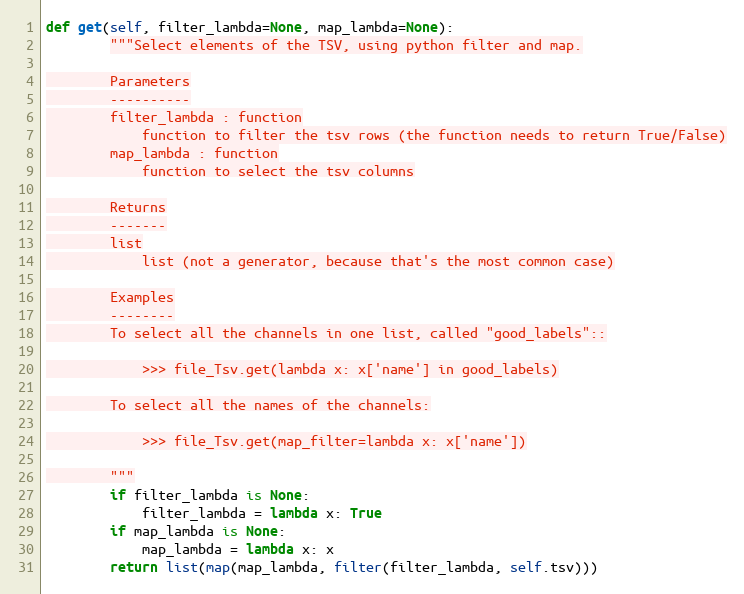
Language: Python
def get(self, filter_lambda=None, map_lambda=None):
        """Select elements of the TSV, using python filter and map.

        Parameters
        ----------
        filter_lambda : function
            function to filter the tsv rows (the function needs to return True/False)
        map_lambda : function
            function to select the tsv columns

        Returns
        -------
        list
            list (not a generator, because that's the most common case)

        Examples
        --------
        To select all the channels in one list, called "good_labels"::

            >>> file_Tsv.get(lambda x: x['name'] in good_labels)

        To select all the names of the channels:

            >>> file_Tsv.get(map_filter=lambda x: x['name'])

        """
        if filter_lambda is None:
            filter_lambda = lambda x: True
        if map_lambda is None:
            map_lambda = lambda x: x
        return list(map(map_lambda, filter(filter_lambda, self.tsv)))